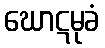
ဃောဋမုခံ